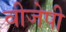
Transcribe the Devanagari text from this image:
वीजेपी